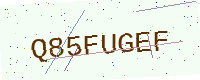
Text: Q85FUGEF